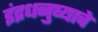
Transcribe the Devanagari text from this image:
इंद्रधनुष्याचे